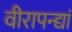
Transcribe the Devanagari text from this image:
वीरापन्द्यां